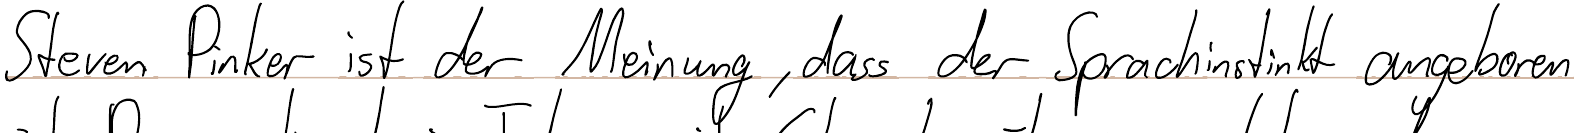
Steven Pinker ist der Meinung, dass der Sprachinstinkt angeboren